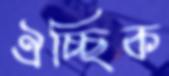
ঐচ্ছিক